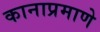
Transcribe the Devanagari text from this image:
कानाप्रमाणे